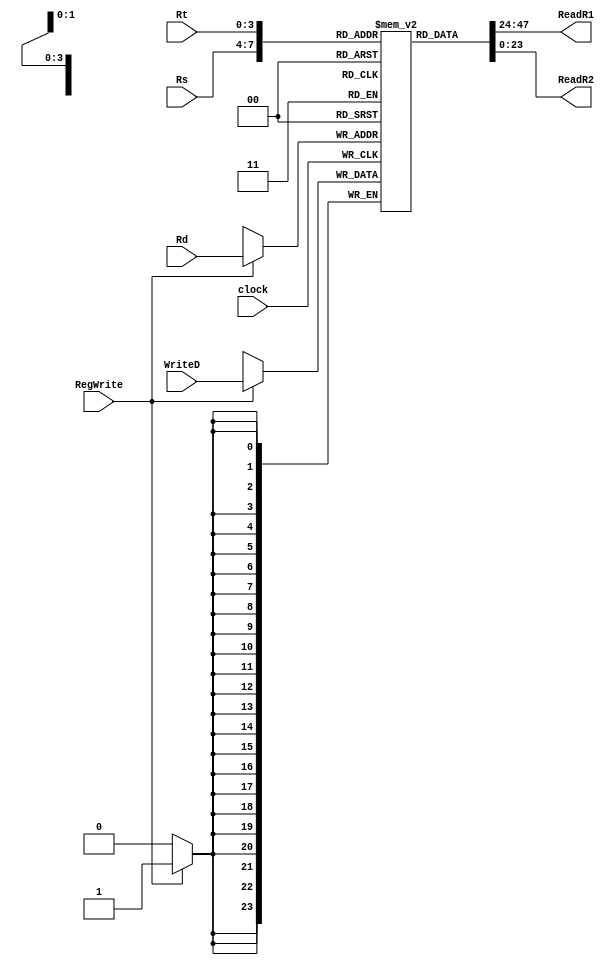
`timescale 1ns / 1ps
//////////////////////////////////////////////////////////////////////////////////
// Company: 
// Engineer: 
// 
// Design Name: 
// Module Name: RegisterFile
// Project Name: 
// Target Devices: 
// Tool Versions: 
// Description: 
// 
// Dependencies: 
// 
// Revision:
// Revision 0.01 - File Created
// Additional Comments:
// 
//////////////////////////////////////////////////////////////////////////////////


module RegisterFile(
input wire [3:0] Rs,
input wire [3:0] Rt,
input wire [3:0] Rd,
input wire [23:0] WriteD,

output wire [23:0] ReadR1,
output wire [23:0] ReadR2,

input wire RegWrite,
input wire clock
    );
    
    
    reg [23:0] registers[15:0] ;
    
    always @(posedge clock)
    begin
    if(RegWrite) registers[Rd]<=WriteD;
    end
    assign ReadR1=registers[Rs];
    assign ReadR2=registers[Rt];

    
    
endmodule